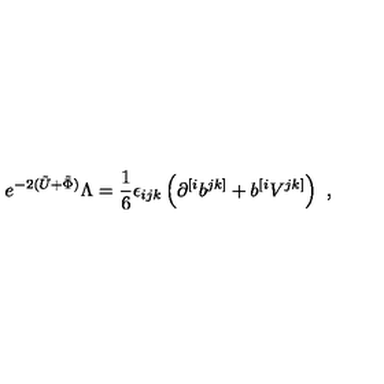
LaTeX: e ^ { - 2 ( \tilde { U } + \tilde { \Phi } ) } \Lambda = { \frac { 1 } { 6 } } \epsilon _ { i j k } \left( \partial ^ { [ i } b ^ { j k ] } + b ^ { [ i } V ^ { j k ] } \right) \ ,